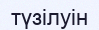
түзілуін